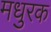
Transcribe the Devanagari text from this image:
मधुरक